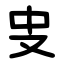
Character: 㕜